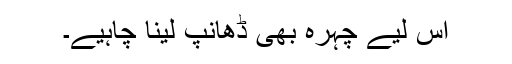
اس لیے چہرہ بھی ڈھانپ لینا چاہیے۔